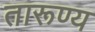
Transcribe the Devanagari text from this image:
तारूण्य